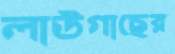
লাউগাছের